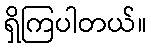
ရှိကြပါတယ်။